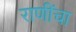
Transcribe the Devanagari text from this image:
राणींचा